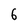
Character: 6